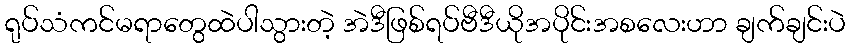
ရုပ်သံကင်မရာတွေထဲပါသွားတဲ့ အဲဒီဖြစ်ရပ်ဗီဒီယိုအပိုင်းအစလေးဟာ ချက်ချင်းပဲ